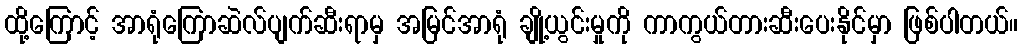
ထို့ကြောင့် အာရုံကြောဆဲလ်ပျက်ဆီးရာမှ အမြင်အာရုံ ချို့ယွင်းမှုကို ကာကွယ်တားဆီးပေးနိုင်မှာ ဖြစ်ပါတယ်။